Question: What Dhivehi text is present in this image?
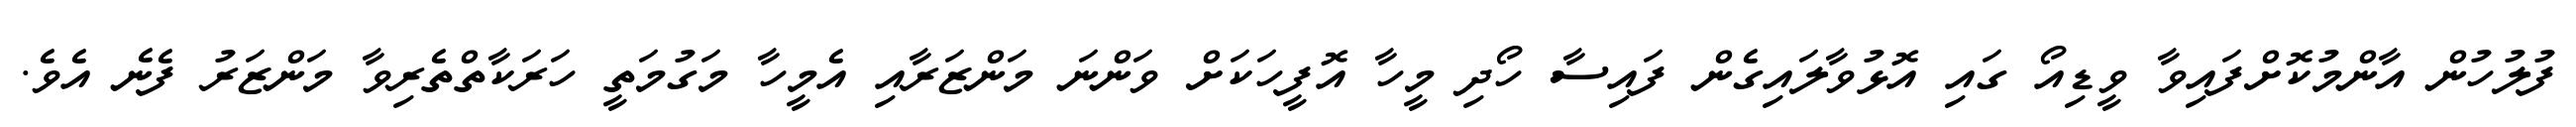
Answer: ފުލުހުން އާންމުކޮށްފައިވާ ވީޑިއޯ ގައި އޮޅުވާލައިގެން ފައިސާ ހޯދި މީހާ އޮފީހަކަށް ވަންނަ މަންޒަރާއި އެމީހާ މަގުމަތީ ހަރަކާތްތެރިވާ މަންޒަރު ފެނެ އެވެ.